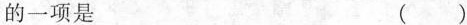
的一项是 （ ）